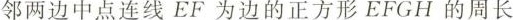
邻两边中点连线EF为边的正方形EFGH的周长